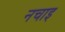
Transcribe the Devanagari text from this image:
नचाइ